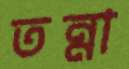
তন্না